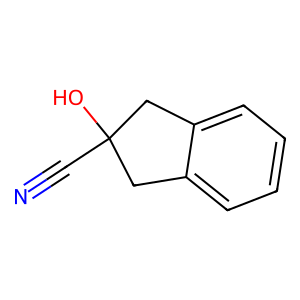
SMILES: N#CC1(O)Cc2ccccc2C1
Inhibits HIV replication: No